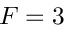
F = 3